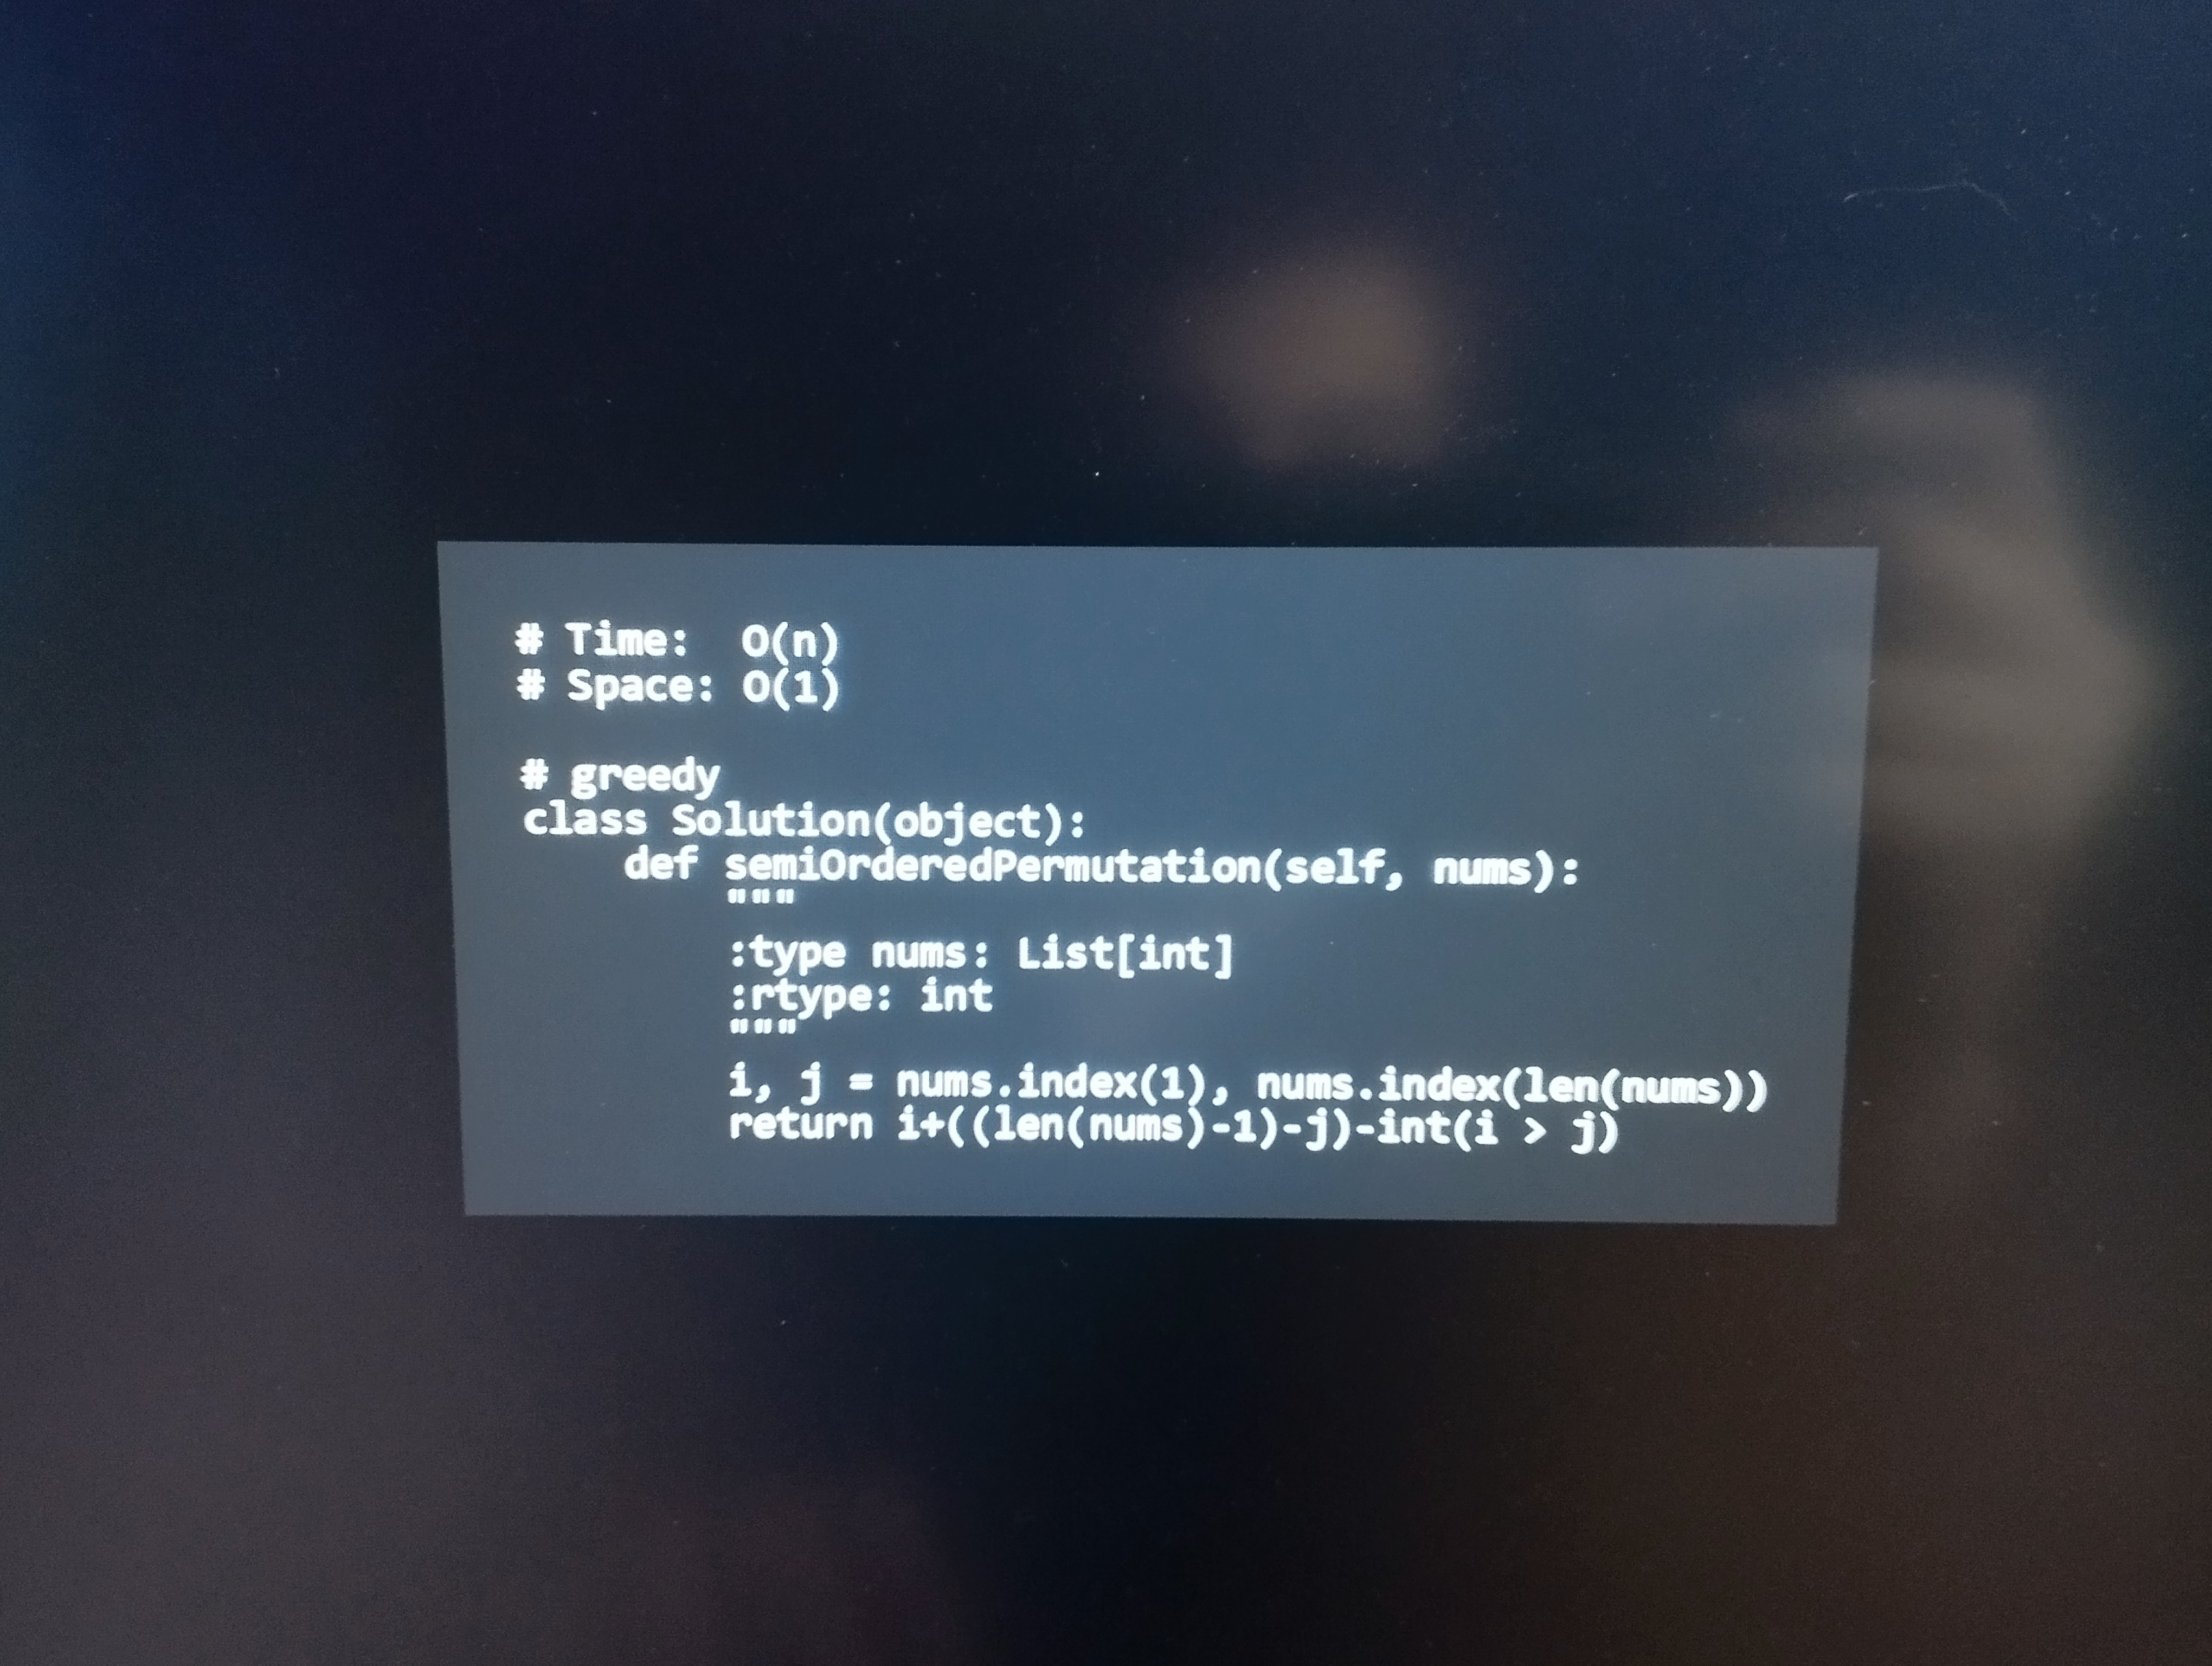
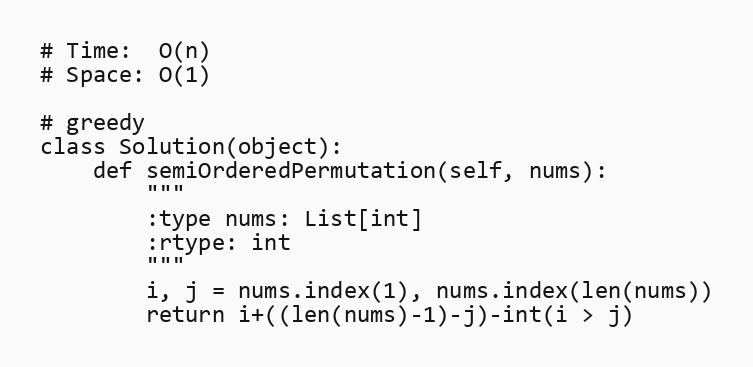
# Time:  O(n)
# Space: O(1)

# greedy
class Solution(object):
    def semiOrderedPermutation(self, nums):
        """
        :type nums: List[int]
        :rtype: int
        """
        i, j = nums.index(1), nums.index(len(nums))
        return i+((len(nums)-1)-j)-int(i > j)